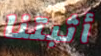
أثبتنا